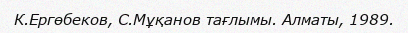
К.Ергөбеков, С.Мұқанов тағлымы. Алматы, 1989.